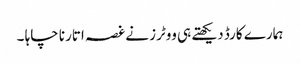
ہمارے کارڈ دیکھتے ہی ووٹرز نے غصہ اتارنا چاہا ۔